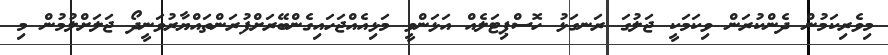
މިވެރިކަމުން ދެންކުރަން ވިކަމަކީ ޖަލުގަ ރަަނގަޅު ހޮސްޕިޓަލެއް އަޅަންވީ މަަޅިއެއްޖަހައިގެންބޭރަށްފުރަންތައްޔާރުވަނީދޯ ޖަލަށްލުމުން މި